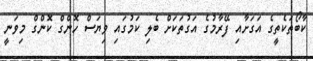
ކާބޯތަކެތީގެ އަގަށާއި ފޭރާމުގެ އަގުތަކަށް ބެލި ކަމުގައި ވިޔަސް ހޮންގް ކޮންގް މިވަނީ